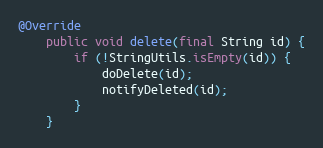
Language: Java
@Override
    public void delete(final String id) {
        if (!StringUtils.isEmpty(id)) {
            doDelete(id);
            notifyDeleted(id);
        }
    }